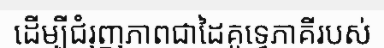
ដើម្បីជំរុញភាពជាដៃគូទ្វេភាគីរបស់